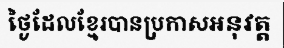
ថ្ងៃដែលខ្មែរបានប្រកាសអនុវត្ត